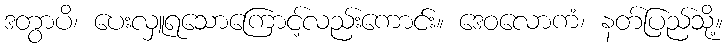
ဒတွာပိ၊ ပေးလှူရသောကြောင့်လည်းကောင်း။ ဒေဝလောကံ၊ နတ်ပြည်သို့။